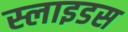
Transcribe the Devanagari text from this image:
स्‍लाइडस